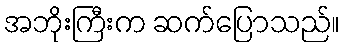
အဘိုးကြီးက ဆက်ပြောသည်။